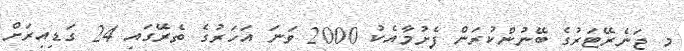
މި ޖަނެރޭޓަރުގެ ބޭނުންކުރަން ފެށުމާއެކު 2000 ވަނަ އަހަރުގެ ތެރޭގައި 24 ގަޑިއިރަށް